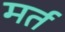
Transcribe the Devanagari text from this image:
मर्त